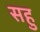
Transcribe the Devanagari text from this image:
सहु